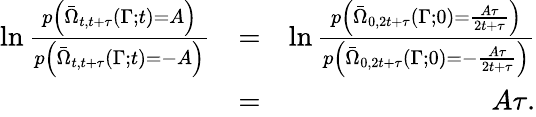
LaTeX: \begin{array}{rlr}{\ln\frac{p\left(\bar{\Omega}_{t,t+\tau}(\Gamma;t)=A\right)}{p\left(\bar{\Omega}_{t,t+\tau}(\Gamma;t)=-A\right)}}&{=}&{\ln\frac{p\left(\bar{\Omega}_{0,2t+\tau}(\Gamma;0)=\frac{A\tau}{2t+\tau}\right)}{p\left(\bar{\Omega}_{0,2t+\tau}(\Gamma;0)=-\frac{A\tau}{2t+\tau}\right)}}\\ &{=}&{A\tau.}\end{array}